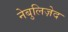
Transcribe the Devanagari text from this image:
नेबुलिज़ेद